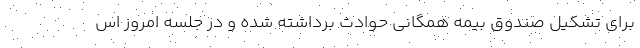
برای تشکیل صندوق بیمه همگانی حوادث برداشته شده و در جلسه امروز اس